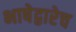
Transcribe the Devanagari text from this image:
भाषेद्वारेच